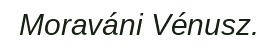
Moraváni Vénusz.